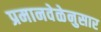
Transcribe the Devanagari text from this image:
प्रमानवेळेनुसार